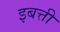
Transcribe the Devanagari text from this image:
इबत्ती